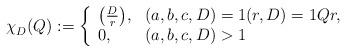
LaTeX: \begin{align*}\chi_D^{}(Q) := \left\{\begin{array}{ll}\bigl(\frac{D}{r}\bigr), &(a,b,c,D)=1(r,D)=1Qr,\\0, &(a,b,c,D) >1\end{array} \right.\end{align*}